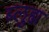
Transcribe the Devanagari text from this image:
ब्लुह्म